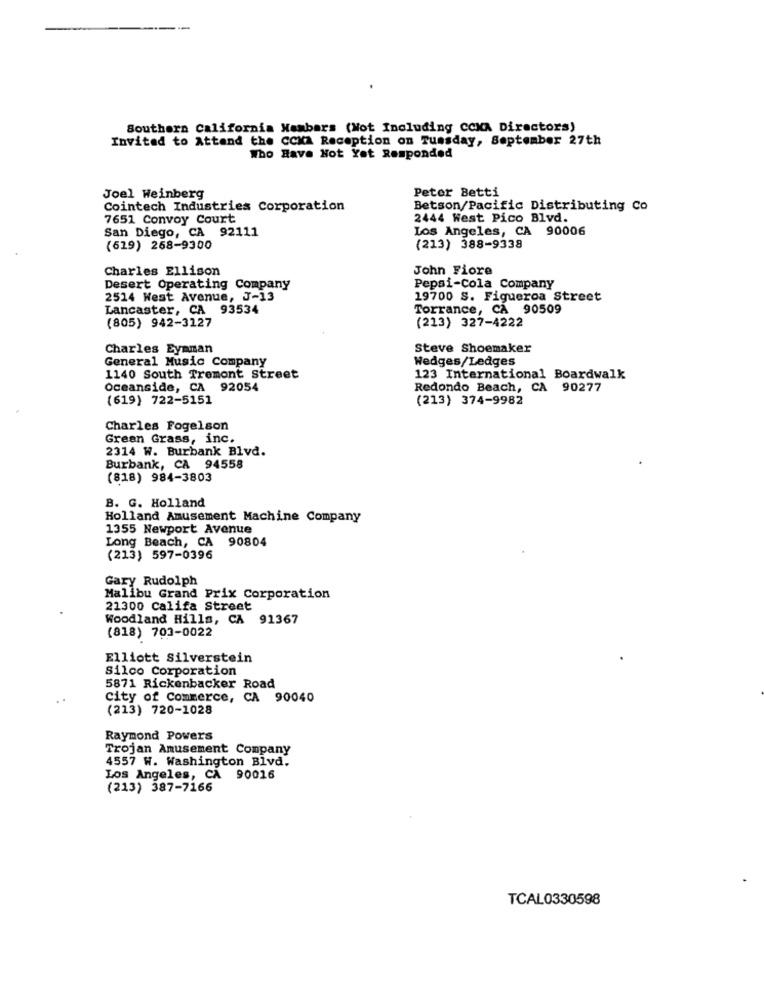
Southern California Hambars (Not Including CCKA Directors)
Invited to Attend the CCKA Reception on Tuesday, September 27th
Who Have Not Yet Responded
Peter Betti
Joel Weinberg
Cointech Industries Corporation
Betson/Pacific Distributing Co
7651 Convoy Court
2444 West Pico Blvd.
San Diego, CA 92111
Los Angeles, CA 90006
(619) 268-9300
(213) 388-9338
Charles Ellison
John Fiore
Desert Operating Company
Pepsi-Cola Company
2514 West Avenue, J-13
19700 S. Figueroa Street
Lancaster, CA 93534
Torrance, CA 90509
(213) 327-4222
(805) 942-3127
Charles Eyaman
Steve Shoemaker
General Music Company
Wedges/Ledges
1140 South Tremont Street
123 International Boardwalk
Oceanside, CA 92054
Redondo Beach, CA 90277
(619) 722-5151
(213) 374-9982
Charles Fogelson
Green Grass, inc.
2314 W. Burbank Blvd.
Burbank, CA 94558
(818) 984-3803
B. G. Holland
Holland Amusement Machine Company
1355 Newport Avenue
Long Beach, CA 90804
(213) 597-0396
Gary Rudolph
Malibu Grand Prix Corporation
21300 Califa Street
Woodland Hills, CA 91367
(818) 703-0022
Elliott Silverstein
Silco Corporation
5871 Rickenbacker Road
city of Commerce, CA 90040
(213) 720-1028
Raymond Powers
Trojan Amusement Company
4557 W. Washington Blvd.
Los Angeles, CA 90016
(213) 387-7166
TCAL0330598